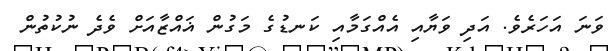
ވަނަ އަހަރެވެ. އަދި ވަޔާއި އެއްގަމާއި ކަނޑުގެ މަގުން ޣައްޒާއަށް ވެދެ ނުކުތުން